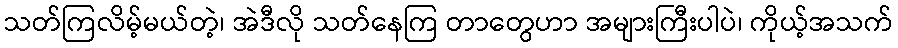
သတ်ကြလိမ့်မယ်တဲ့၊ အဲဒီလို သတ်နေကြ တာတွေဟာ အများကြီးပါပဲ၊ ကိုယ့်အသက်